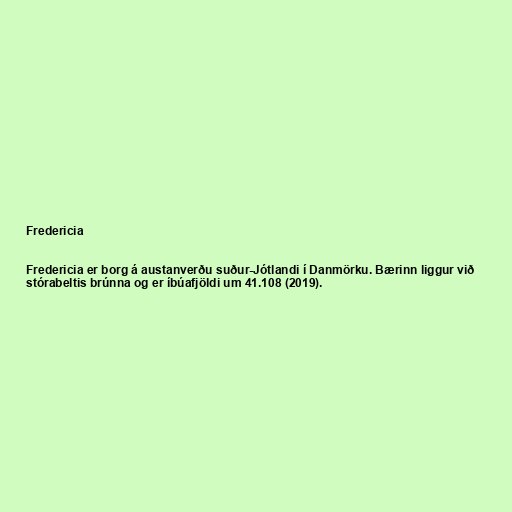
Fredericia

Fredericia er borg á austanverðu suður-Jótlandi í Danmörku. Bærinn liggur við
stórabeltis brúnna og er íbúafjöldi um 41.108 (2019).